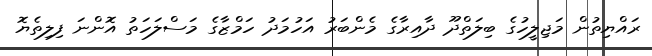
ރައްޔިތުން މަޖިލީހުގެ ބިލަތްދޫ ދާއިރާގެ މެންބަރު އަހުމަދު ހަމްޒާގެ މަސްލަހަތު އޮންނަ ފިލިތެޔޮ